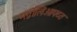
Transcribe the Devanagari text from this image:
मग्नोलिओफ्य्त